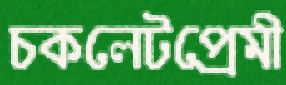
চকলেটপ্রেমী